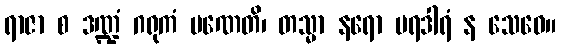
ရာဇာ စ ဒဏ္ဍံ ဂရုကံ ပဏေတိ၊ တသ္မာ နရော ပရဒါရံ န သေဝေ။